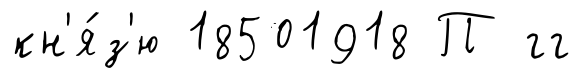
кн'я́з'ю 18501918 П гг